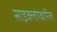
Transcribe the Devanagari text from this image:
साइक्लोग्वानिल